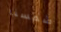
شمسنا